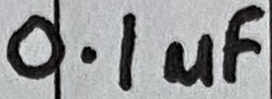
Text: 0.1µF